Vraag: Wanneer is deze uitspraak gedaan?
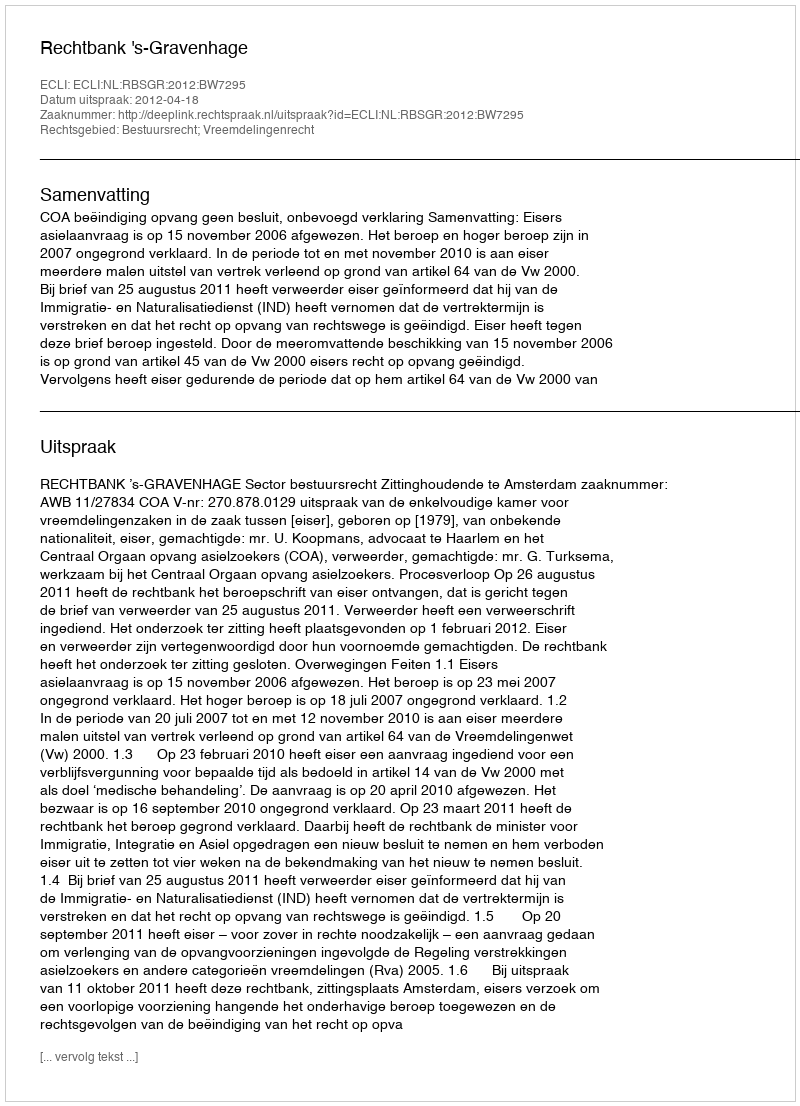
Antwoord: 2012-04-18